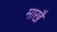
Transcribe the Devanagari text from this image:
माखै